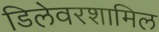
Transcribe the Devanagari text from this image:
डिलेवरशामिल